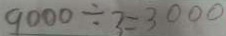
9 0 0 0 \div 3 = 3 0 0 0